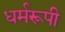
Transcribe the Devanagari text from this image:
धर्मरूपी